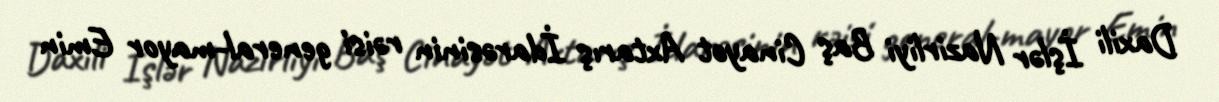
Daxili İşlər Nazirliyi Baş Cinayət Axtarış İdarəsinin rəisi general-mayor Emin